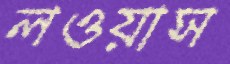
লওয়াস